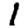
Digit: 1